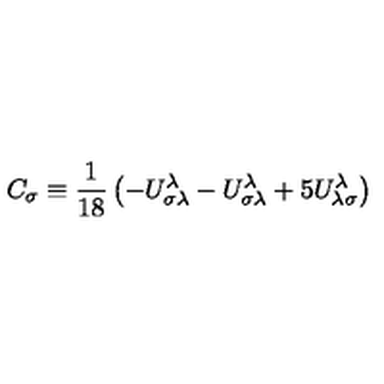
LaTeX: C _ { \sigma } \equiv \frac { 1 } { 1 8 } \left( - U _ { \sigma \lambda } ^ { \lambda } - U _ { \sigma \lambda } ^ { \lambda } + 5 U _ { \lambda \sigma } ^ { \lambda } \right)